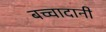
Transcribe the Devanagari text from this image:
बच्चादानी